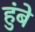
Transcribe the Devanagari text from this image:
हुंबे